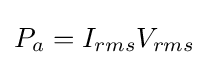
P_{a}=I_{rms}V_{rms}